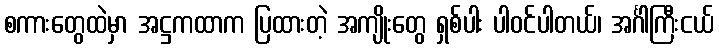
စကားတွေထဲမှာ အဋ္ဌကထာက ပြထားတဲ့ အကျိုးတွေ ရှစ်ပါး ပါဝင်ပါတယ်၊ အင်္ဂါကြီးငယ်